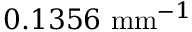
0 . 1 3 5 6 \ \mathrm { m m } ^ { - 1 }